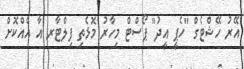
އޭރު ހޭޝްޓެގް "ހެޕީ އީދު" ޕޯސްޓް މިހާރު މޮޅެތި ފިލްޓާރ އާ އެއްކޮށް